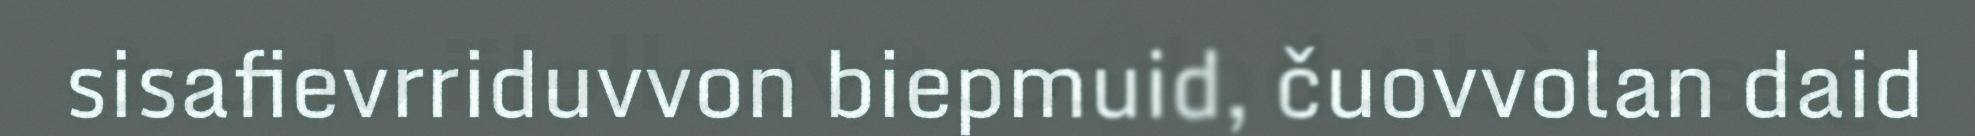
sisafievrriduvvon biepmuid, čuovvolan daid